Insane asylums in Bengal annual reports 1867-1875 - 1867-1875
Year: 1867
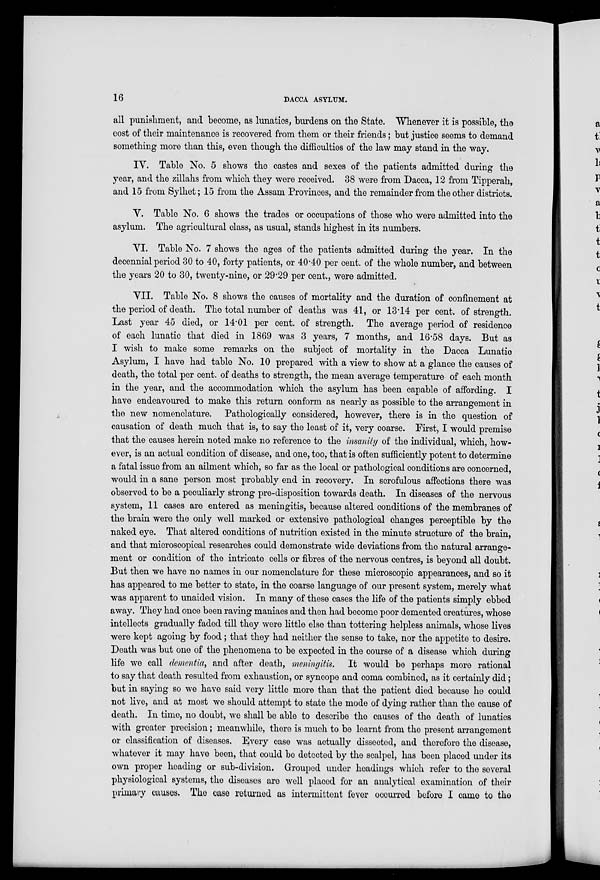
16
DACCA ASYLUM.
all punishment, and become, as lunatics, burdens on the State. Whenever it is possible, the
cost of their maintenance is recovered from them or their friends; but justice seems to demand
something more than this, even though the difficulties of the law may stand in the way.
IV. Table No. 5 shows the castes and sexes of the patients admitted during the
year, and the zillahs from which they were received. 38 were from Dacca, 12 from Tipperah,
and 15 from Sylhet; 15 from the Assam Provinces, and the remainder from the other districts.
V. Table No. 6 shows the trades or occupations of those who were admitted into the
asylum. The agricultural class, as usual, stands highest in its numbers.
VI. Table No. 7 shows the ages of the patients admitted during the year. In the
decennial period 30 to 40, forty patients, or 40.40 per cent. of the whole number, and between
the years 20 to 30, twenty-nine, or 29.29 per cent., were admitted.
VII. Table No. 8 shows the causes of mortality and the duration of confinement at
the period of death. The total number of deaths was 41, or 13.14 per cent. of strength.
Last year 45 died, or 14.01 per cent. of strength. The average period of residence
of each lunatic that died in 1869 was 3 years, 7 months, and 16.58 days. But as
I wish to make some remarks on the subject of mortality in the Dacca Lunatic
Asylum, I have had table No. 10 prepared with a view to show at a glance the causes of
death, the total per cent. of deaths to strength, the mean average temperature of each month
in the year, and the accommodation which the asylum has been capable of affording. I
have endeavoured to make this return conform as nearly as possible to the arrangement in
the new nomenclature. Pathologically considered, however, there is in the question of
causation of death much that is, to say the least of it, very coarse. First, I would premise
that the causes herein noted make no reference to the insanity of the individual, which, how-
ever, is an actual condition of disease, and one, too, that is often sufficiently potent to determine
a fatal issue from an ailment which, so far as the local or pathological conditions are concerned,
would in a sane person most probably end in recovery. In scrofulous affections there was
observed to be a peculiarly strong pre-disposition towards death. In diseases of the nervous
system, 11 cases are entered as meningitis, because altered conditions of the membranes of
the brain were the only well marked or extensive pathological changes perceptible by the
naked eye. That altered conditions of nutrition existed in the minute structure of the brain,
and that microscopical researches could demonstrate wide deviations from the natural arrange-
ment or condition of the intricate cells or fibres of the nervous centres, is beyond all doubt.
But then we have no names in our nomenclature for these microscopic appearances, and so it
has appeared to me better to state, in the coarse language of our present system, merely what
was apparent to unaided vision. In many of these cases the life of the patients simply ebbed
away. They had once been raving maniacs and then had become poor demented creatures, whose
intellects gradually faded till they were little else than tottering helpless animals, whose lives
were kept agoing by food; that they had neither the sense to take, nor the appetite to desire.
Death was but one of the phenomena to be expected in the course of a disease which during
life we call dementia, and after death, meningitis. It would be perhaps more rational
to say that death resulted from exhaustion, or syncope and coma combined, as it certainly did;
but in saying so we have said very little more than that the patient died because he could
not live, and at most we should attempt to state the mode of dying rather than the cause of
death. In time, no doubt, we shall be able to describe the causes of the death of lunatics
with greater precision; meanwhile, there is much to be learnt from the present arrangement
or classification of diseases. Every case was actually dissected, and therefore the disease,
whatever it may have been, that could be detected by the scalpel, has been placed under its
own proper heading or sub-division. Grouped under headings which refer to the several
physiological systems, the diseases are well placed for an analytical examination of their
primary causes. The case returned as intermittent fever occurred before I came to the